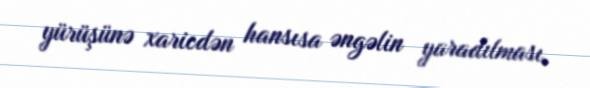
yürüşünə xaricdən hansısa əngəlin yaradılması.